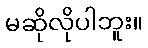
မဆိုလိုပါဘူး။